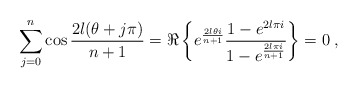
\begin{align*} \sum_{j=0}^{n} \cos{2 l(\theta+j\pi) \over n+1}=\Re \left \{ e^{2l\theta i\over n+1}{1-e^{2l\pi i} \over 1- e^{2l\pi i\over n+1}} \right \}=0\;,\end{align*}